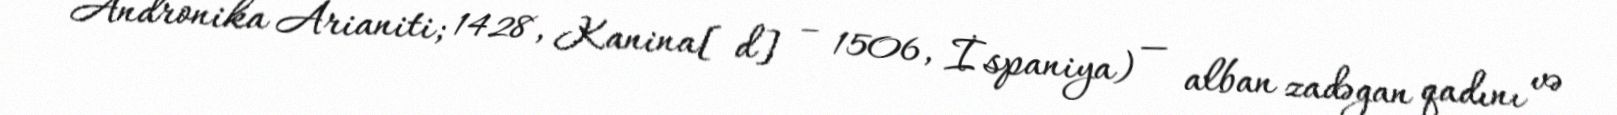
Andronika Arianiti; 1428, Kanina[d] – 1506, İspaniya) — alban zadəgan qadını və